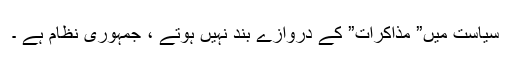
سیاست میں” مذاکرات” کے دروازے بند نہیں ہوتے ، جمہوری نظام ہے ۔